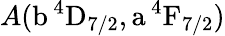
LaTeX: A(\mathrm{b\, ^{4}D_{7/2},a\, ^{4}F_{7/2}})